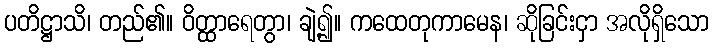
ပတိဋ္ဌာသိ၊ တည်၏။ ဝိတ္ထာရေတွာ၊ ချဲ့၍။ ကထေတုကာမေန၊ ဆိုခြင်းငှာ အလိုရှိသော